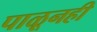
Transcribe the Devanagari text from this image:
पाळूनही